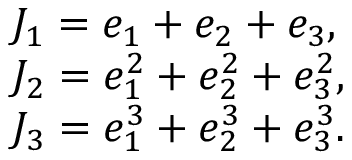
\begin{array} { l } { J _ { 1 } = e _ { 1 } + e _ { 2 } + e _ { 3 } , } \\ { J _ { 2 } = e _ { 1 } ^ { 2 } + e _ { 2 } ^ { 2 } + e _ { 3 } ^ { 2 } , } \\ { J _ { 3 } = e _ { 1 } ^ { 3 } + e _ { 2 } ^ { 3 } + e _ { 3 } ^ { 3 } . } \end{array}